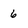
Character: 6